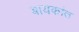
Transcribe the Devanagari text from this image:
बायकांत